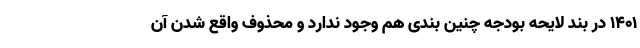
۱۴۰۱ در بند لایحه بودجه چنین بندی هم وجود ندارد و محذوف واقع شدن آن